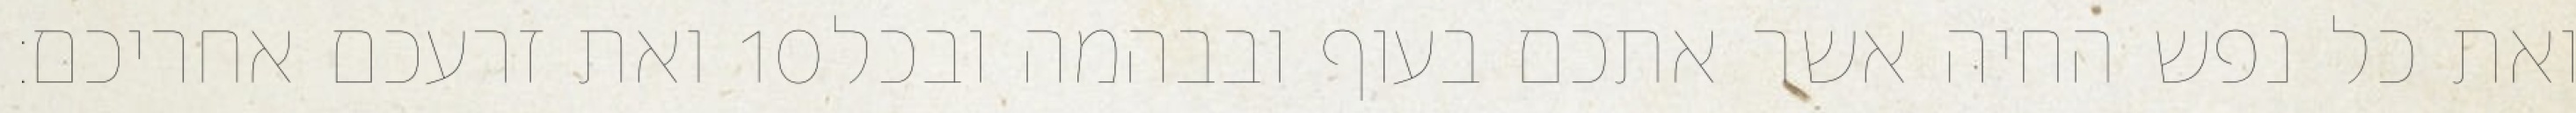
ואת זרעכם אחריכם׃ ‎10‏ ואת כל נפש החיה אשר אתכם בעוף ובבהמה ובכל